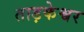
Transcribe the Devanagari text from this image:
ताड़केश्वर